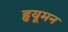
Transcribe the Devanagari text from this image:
हृयूमन